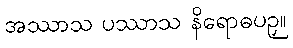
အဿာသ ပဿာသ နိရောဓပဉှ။